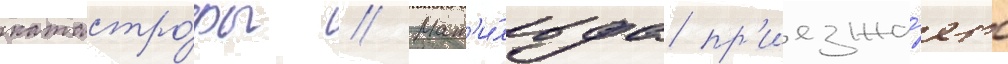
катастро́фы // Мат'и́льда пр'иезжа́ет